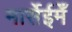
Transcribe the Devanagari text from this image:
मार्सेईमेँ